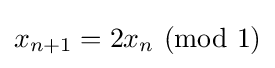
x_{n+1}=2x_{n}\ ({\textrm {mod}}~1)